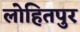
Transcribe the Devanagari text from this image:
लोहितपुर